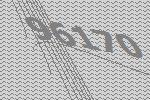
96170